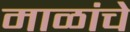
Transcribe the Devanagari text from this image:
माळांचे